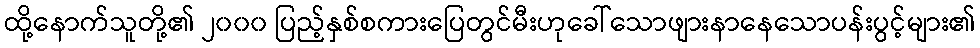
ထို့နောက်သူတို့၏ ၂၀၀၀ ပြည့်နှစ်စကားပြေတွင်မီးဟုခေါ်သောဖျားနာနေသောပန်းပွင့်များ၏